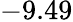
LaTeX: -9.49